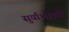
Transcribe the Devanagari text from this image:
सुर्याभोवतीं